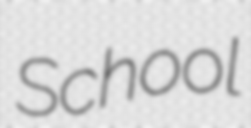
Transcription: School